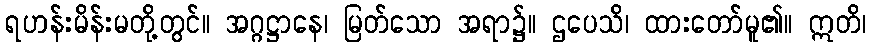
ရဟန်းမိန်းမတို့တွင်။ အဂ္ဂဋ္ဌာနေ၊ မြတ်သော အရာ၌။ ဌပေသိ၊ ထားတော်မူ၏။ ဣတိ၊